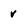
Character: v